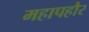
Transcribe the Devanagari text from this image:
महापहौर